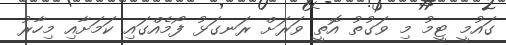
ގައުމީ ޓީމު މި ވަގުތު އޮތީ ވަރަށް ރަނގަޅު ފޯމެއްގައި ކަމަށާއި މިހާރު